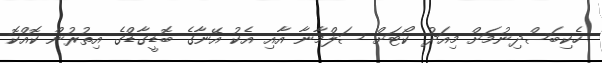
ހެކިބަސްދިނުމަށް މިއަދު ކޯޓަށް ސަލްމާނާ އާއި އެކު އޭނާގެ ބޮޑީގާޑްގެ އިތުރުން ކޮއްކޮ